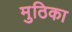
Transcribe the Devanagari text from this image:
मुठिका